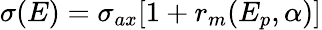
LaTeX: \sigma(E)=\sigma_{ax}[1+r_{m}(E_{p},\alpha)]